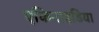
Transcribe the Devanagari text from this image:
एकिनाइडिया